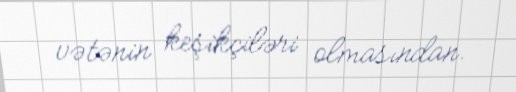
vətənin keşikçiləri olmasından.